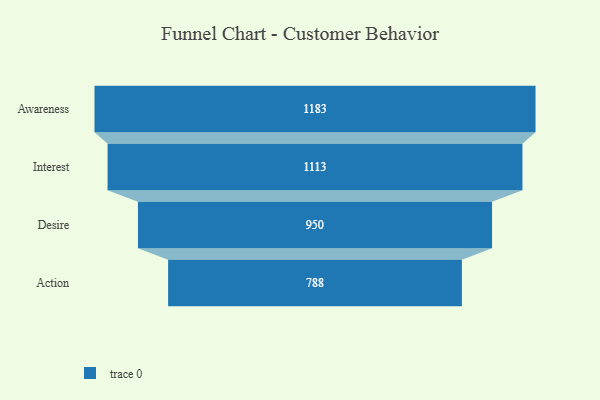
{"axis": {"x": "Stage", "y": "Value"}, "legend": [""], "data": [{"x": "Awareness", "y": 1183.0, "type": ""}, {"x": "Interest", "y": 1113.0, "type": ""}, {"x": "Desire", "y": 950.0, "type": ""}, {"x": "Action", "y": 788.0, "type": ""}]}